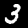
Label: 3